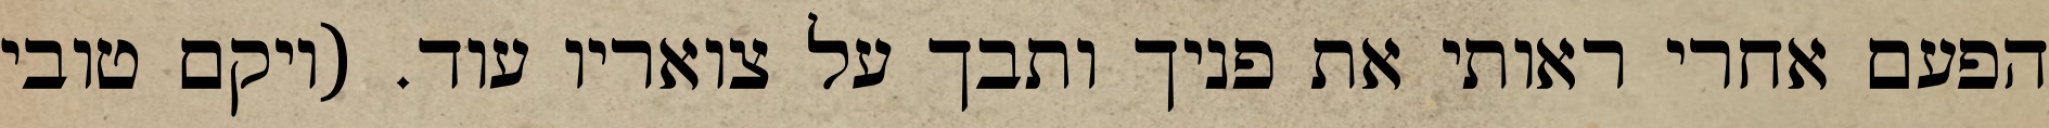
הפעם אחרי ראותי את פניך ותבך על צואריו עוד. (ויקם טובי